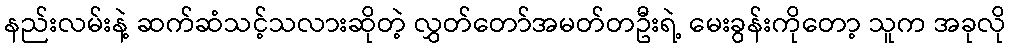
နည်းလမ်းနဲ့ ဆက်ဆံသင့်သလားဆိုတဲ့ လွှတ်တော်အမတ်တဦးရဲ့ မေးခွန်းကိုတော့ သူက အခုလို